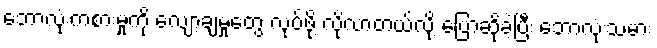
ဘောလုံးကစားမှုကို လျော့ချမှုတွေ လုပ်ဖို့ လိုလာတယ်လို့ ပြောဆိုခဲ့ပြီး ဘောလုံးသမား